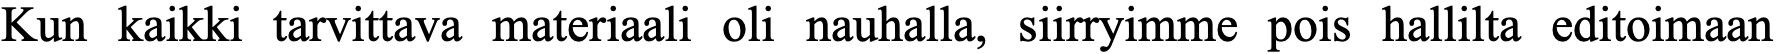
Kun kaikki tarvittava materiaali oli nauhalla, siirryimme pois hallilta editoimaan